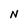
Character: N